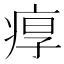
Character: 𤶿